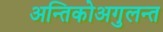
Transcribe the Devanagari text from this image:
अन्तिकोअगुलन्त